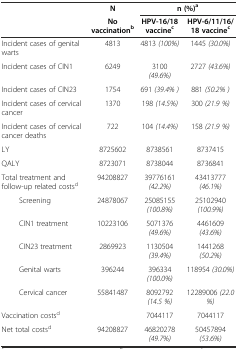
<table><thead><tr><td rowspan="2"></td><td><b>N</b></td><td colspan="2"><b>n (%)<sup>a</sup></b></td></tr><tr><td><b>No vaccination<sup>b</sup></b></td><td><b>HPV-16/18 vaccine<sup>c</sup></b></td><td><b>HPV-6/11/16/18 vaccine<sup>c</sup></b></td></tr></thead><tbody><tr><td>Incident cases of genital warts</td><td>4813</td><td>4813 <i>(100%)</i></td><td>1445 <i>(30.0%)</i></td></tr><tr><td>Incident cases of CIN1</td><td>6249</td><td>3100 <i>(49.6%)</i></td><td>2727 <i>(43.6%)</i></td></tr><tr><td>Incident cases of CIN23</td><td>1754</td><td>691 <i>(39.4% )</i></td><td>881 <i>(50.2% )</i></td></tr><tr><td>Incident cases of cervical cancer</td><td>1370</td><td>198 <i>(14.5%)</i></td><td>300 <i>(21.9 %)</i></td></tr><tr><td>Incident cases of cervical cancer deaths</td><td>722</td><td>104 <i>(14.4%)</i></td><td>158 <i>(21.9 %)</i></td></tr><tr><td>LY</td><td>8725602</td><td>8738561</td><td>8737415</td></tr><tr><td>QALY</td><td>8723071</td><td>8738044</td><td>8736841</td></tr><tr><td>Total treatment and follow-up related costs<sup>d</sup></td><td>94208827</td><td>39776161 <i>(42.2%)</i></td><td>43413777 <i>(46.1%)</i></td></tr><tr><td>Screening</td><td>24878067</td><td>25085155 <i>(100.8%)</i></td><td>25102940 <i>(100.9%)</i></td></tr><tr><td>CIN1 treatment</td><td>10223106</td><td>5071376 <i>(49.6%)</i></td><td>4461609 <i>(43.6%)</i></td></tr><tr><td>CIN23 treatment</td><td>2869923</td><td>1130504 <i>(39.4%)</i></td><td>1441268 <i>(50.2%)</i></td></tr><tr><td>Genital warts</td><td>396244</td><td>396334 <i>(100.0%)</i></td><td>118954 <i>(30.0%)</i></td></tr><tr><td>Cervical cancer</td><td>55841487</td><td>8092792 <i>(14.5 %)</i></td><td>12289006 <i>(22.0 %)</i></td></tr><tr><td>Vaccination costs<sup>d</sup></td><td></td><td>7044117</td><td>7044117</td></tr><tr><td>Net total costs<sup>d</sup></td><td>94208827</td><td>46820278 <i>(49.7%)</i></td><td>50457894 <i>(53.6%)</i></td></tr></tbody></table>